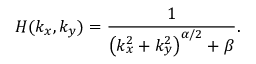
H ( k _ { x } , k _ { y } ) = \frac { 1 } { \left( k _ { x } ^ { 2 } + k _ { y } ^ { 2 } \right) ^ { \alpha / 2 } + \beta } .